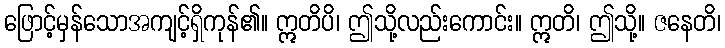
ဖြောင့်မှန်သောအကျင့်ရှိကုန်၏။ ဣတိပိ၊ ဤသို့လည်းကောင်း။ ဣတိ၊ ဤသို့။ ဇနေတိ၊